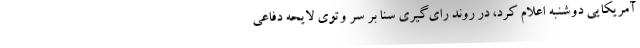
آمریکایی دوشنبه اعلام کرد، در روند رای‌گیری سنا بر سر وتوی لایحه دفاعی